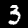
Label: 3